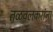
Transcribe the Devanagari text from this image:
तळवलकरांना